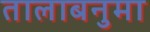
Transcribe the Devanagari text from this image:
तालाबनुमा